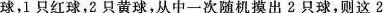
球，1只红球，2只黄球，从中一次随机摸出2只球，则这2